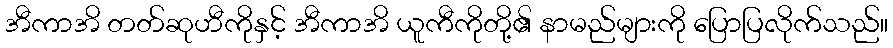
အီကာအိ တတ်ဆုဟီကိုနှင့် အီကာအိ ယူကီကိုတို့၏ နာမည်များကို ပြောပြလိုက်သည်။